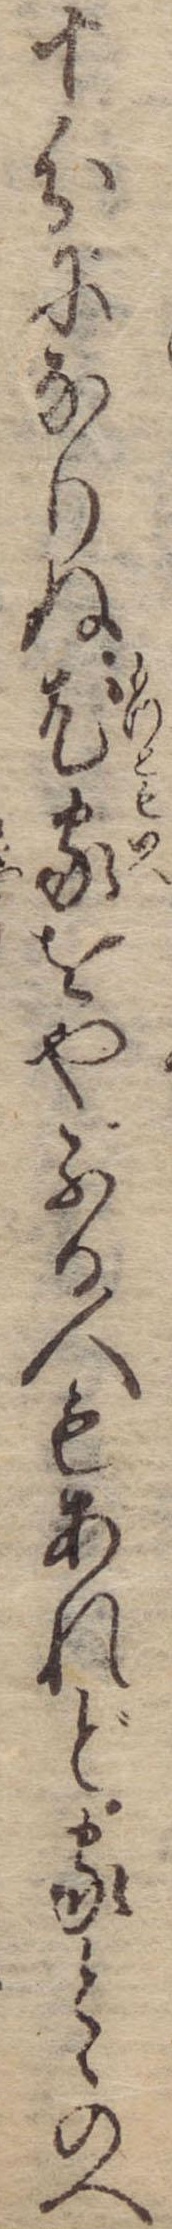
十分になりぬ尤家をやぶる人もあれど家とゝのへ